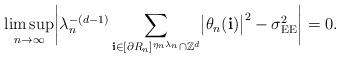
LaTeX: \begin{align*}\limsup_{n\to\infty} \biggl|{\lambda}_{n}^{-(d-1)} \sum_{\mathbf{i}\in[\partial R_n]^{{\eta}_{n}{\lambda}_{n}}\cap\mathbb{Z}^d} \bigl|\theta_n(\mathbf{i})\bigr|^2- \sigma_{\mathrm{EE}}^2 \biggr| =0.\end{align*}